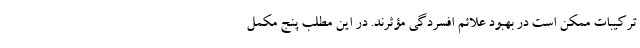
ترکیبات ممکن است در بهبود علائم افسردگی مؤثرند. در این مطلب پنج مکمل